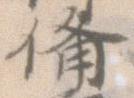
備